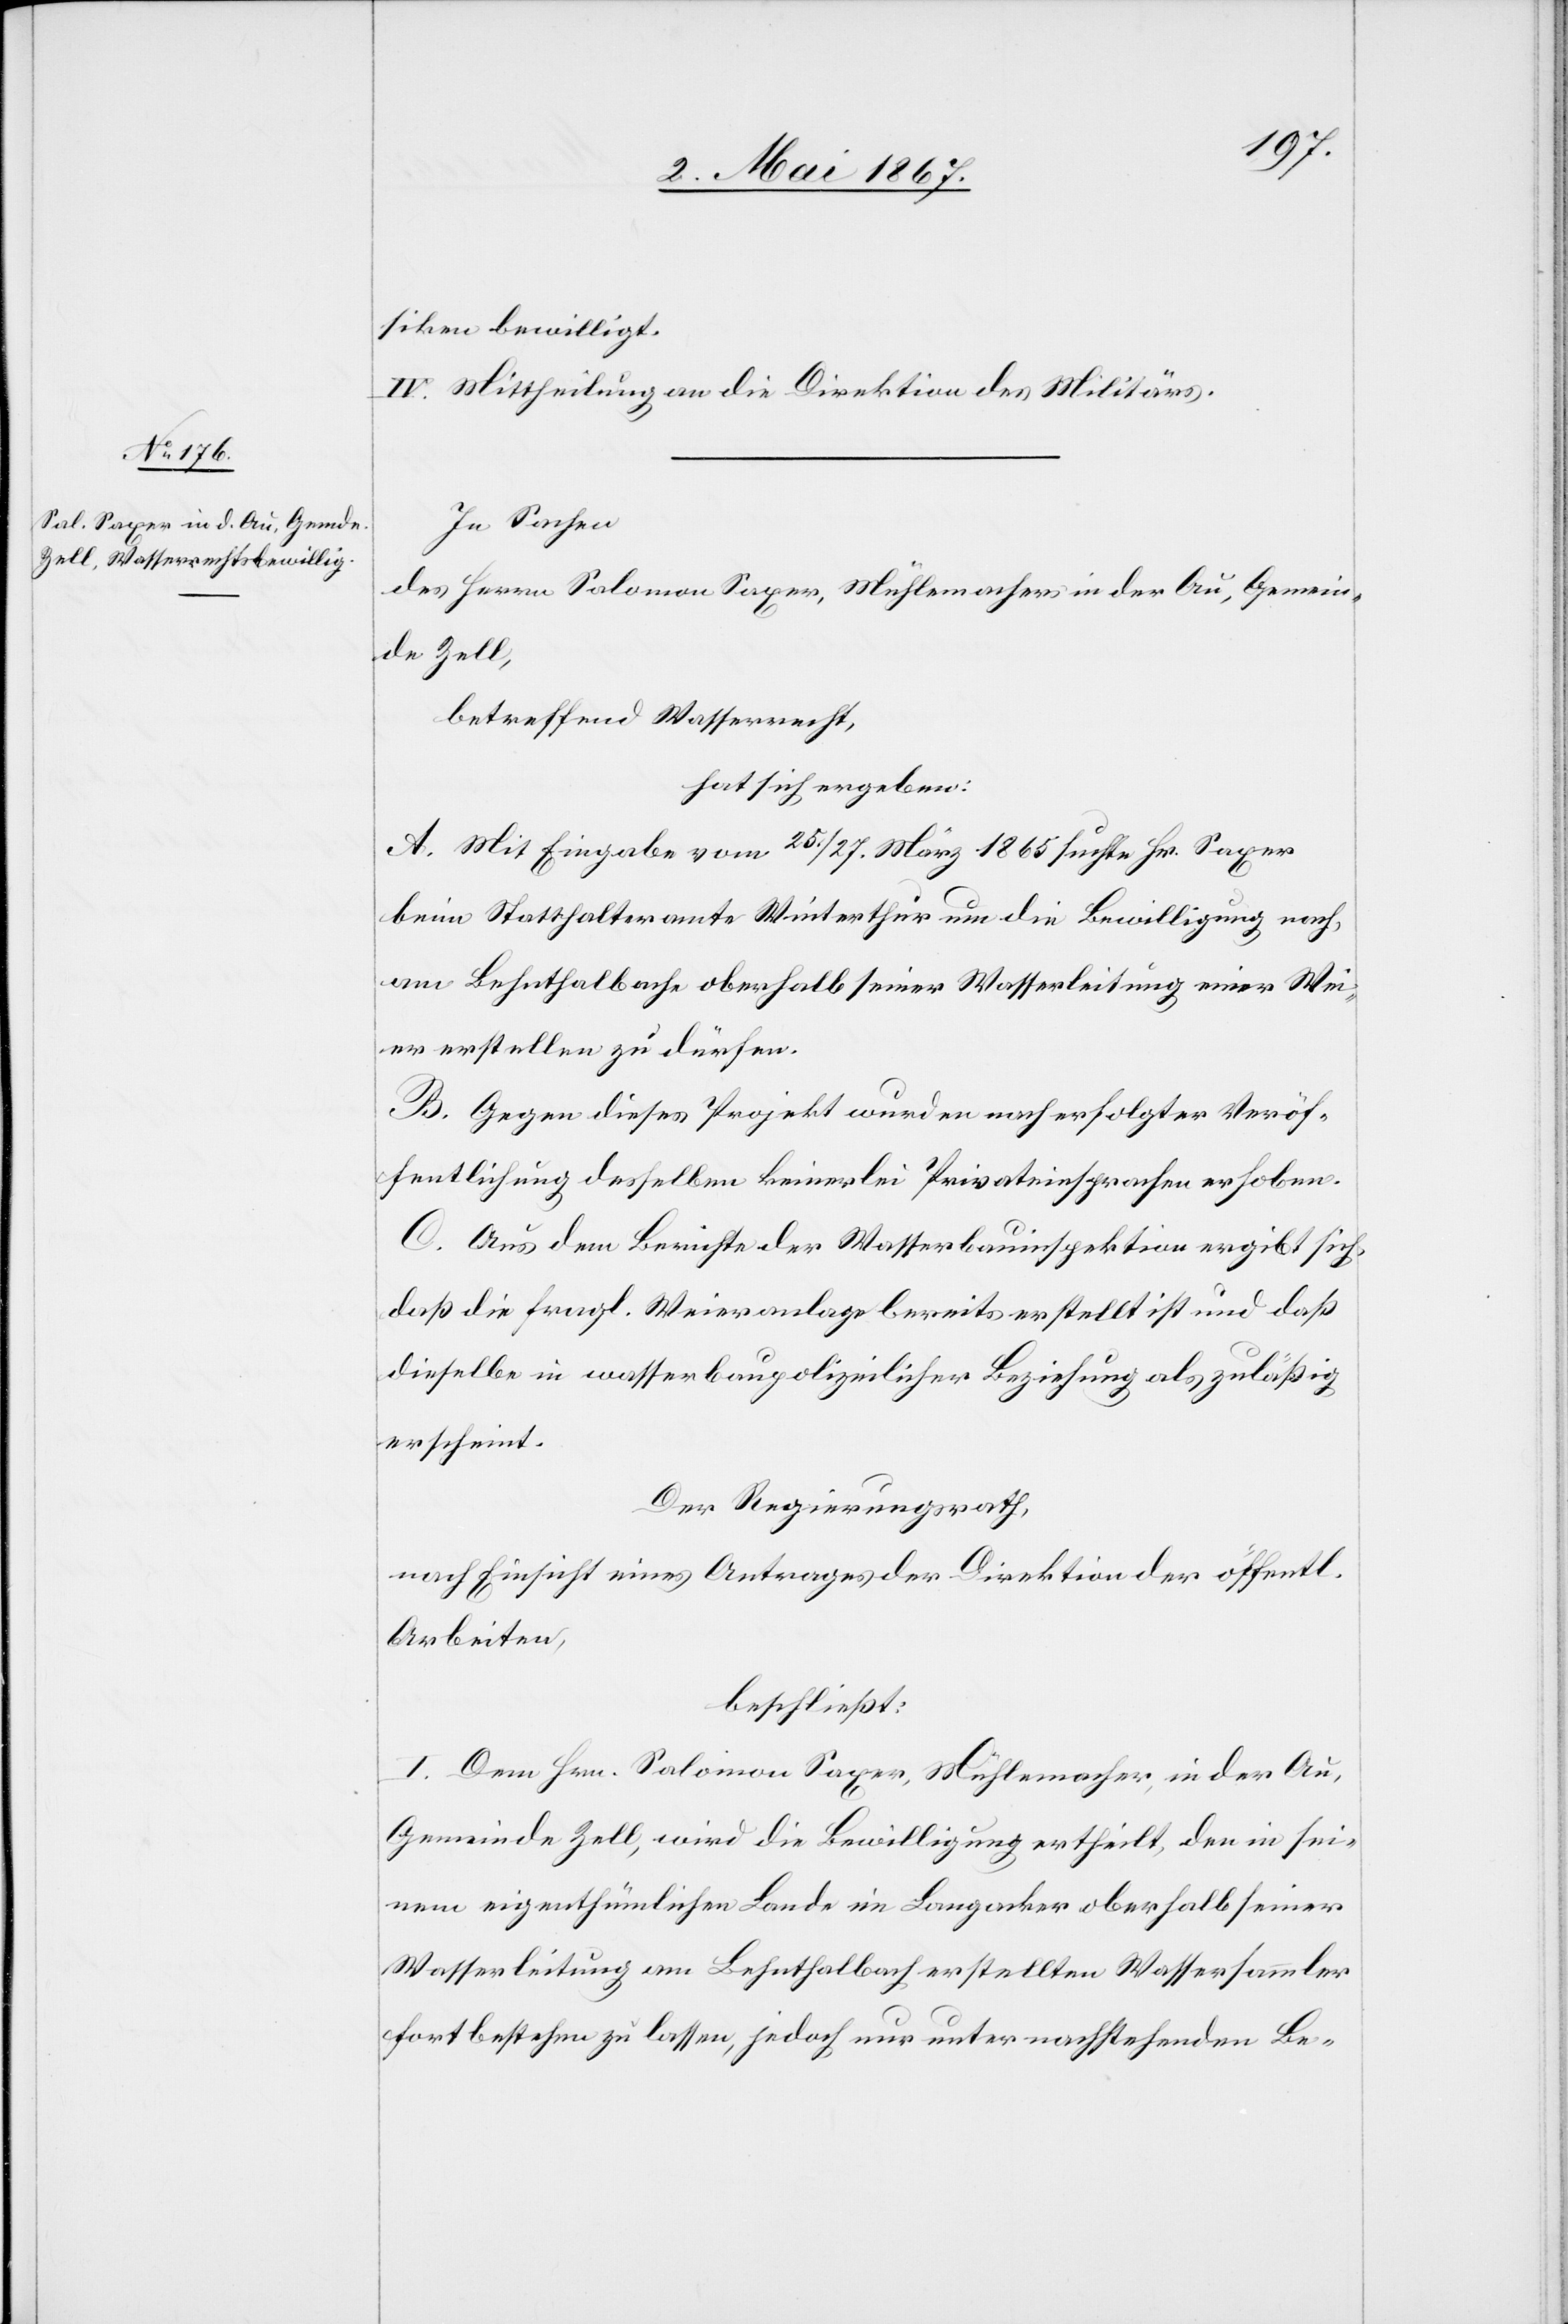
c!]
siken bewilligt.
IV. Mittheilung an die Direktion des Militärs.
In Sachen
des Herrn Salomon Saxer, Mühlemachers in der Au, Gemein¬
de Zell,
betreffend Wasserrecht,
hat sich ergeben:
A. Mit Eingabe vom 25. /27. März 1865 suchte Hr. Saxer
beim Statthalteramt Winterthur um die Bewilligung nach,
am Lehnthalbache oberhalb seiner Wasserleitung einer [si¬
Weier erstellen zu dürfen.
B. Gegen dieses Projekt wurden nach erfolgter Veröf¬
fentlichung desselben keinerlei Privateinsprachen erhoben.
C. Aus dem Berichte der Wasserbauinspektion ergibt sich,
daß die fragl. Weieranlage bereits erstellt ist und daß
dieselbe in wasserbaupolizeilicher Beziehung als zuläßig
erscheint.
Der Regierungsrath,
nach Einsicht eines Antrages der Direktion der öffentl.
Arbeiten,
beschließt:
I. Dem Hrn. Salomon Saxer, Mühlemacher, in der Au,
Gemeinde Zell, wird die Bewilligung ertheilt, den in sei¬
nem eigenthümlichen Lande im Langacker oberhalb seiner
Wasserleitung am Lehnthalbach erstellten Wassersammler
fortbestehen zu lassen, jedoch nur unter nachstehenden Be-